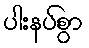
ပါးနပ်စွာ